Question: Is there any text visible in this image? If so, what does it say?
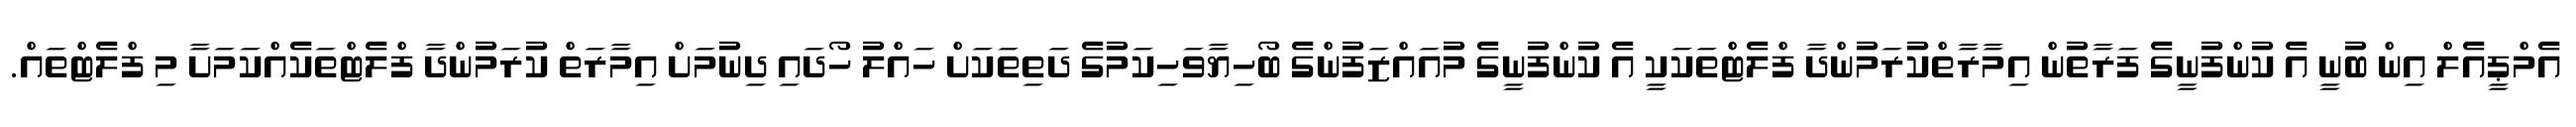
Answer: އެމްޕީއެލް އިން ބުނީ އެ ކުންފުނީގެ ފަރާތުން އިމާރާތްކުރަމުންދާ ފްލެޓްތަކަކީ އެ ކުންފުނީގެ މުއައްޒަފުންގެ ބޯހިޔާވަހިކަމުގެ ދަތިތަކަށް ހައްލު ހޯދައި ދިނުމަށް އިމާރަތް ކުރަމުންދާ ފްލެޓްތަކެއްކަމަށާ މި ފްލެޓްތައް.